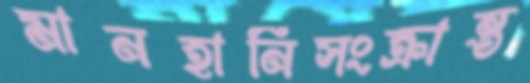
মানহানিসংক্রান্ত